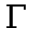
\Gamma